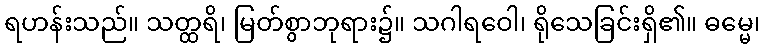
ရဟန်းသည်။ သတ္ထရိ၊ မြတ်စွာဘုရား၌။ သဂါရဝေါ၊ ရိုသေခြင်းရှိ၏။ ဓမ္မေ၊